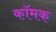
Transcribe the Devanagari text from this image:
कॉमक